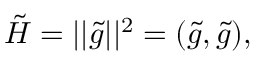
\tilde { H } = | | \tilde { g } | | ^ { 2 } = ( \tilde { g } , \tilde { g } ) ,